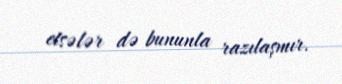
etsələr də bununla razılaşmır.